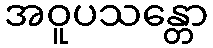
အဝူပသန္တော